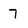
Character: 7